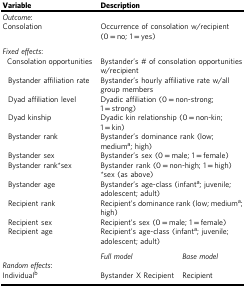
<table><thead><tr><td><b>Variable</b></td><td colspan="2"><b>Description</b></td></tr></thead><tbody><tr><td colspan="3"><i>Outcome</i>:</td></tr><tr><td>Consolation</td><td colspan="2">Occurrence of consolation w/recipient (0 = no; 1 = yes)</td></tr><tr><td colspan="3"><i>Fixed effects</i>:</td></tr><tr><td>Consolation opportunities</td><td colspan="2">Bystander’s # of consolation opportunities w/recipient</td></tr><tr><td>Bystander affiliation rate</td><td colspan="2">Bystander’s hourly affiliative rate w/all group members</td></tr><tr><td>Dyad affiliation level</td><td colspan="2">Dyadic affiliation (0 = non-strong; 1 = strong)</td></tr><tr><td>Dyad kinship</td><td colspan="2">Dyadic kin relationship (0 = non-kin; 1 = kin)</td></tr><tr><td>Bystander rank</td><td colspan="2">Bystander’s dominance rank (low; medium<sup>a</sup>; high)</td></tr><tr><td>Bystander sex</td><td colspan="2">Bystander’s sex (0 = male; 1 = female)</td></tr><tr><td>Bystander rank*sex</td><td colspan="2">Bystander rank (0 = non-high; 1 = high)*sex (as above)</td></tr><tr><td>Bystander age</td><td colspan="2">Bystander’s age-class (infant<sup>a</sup>; juvenile; adolescent; adult)</td></tr><tr><td>Recipient rank</td><td colspan="2">Recipient’s dominance rank (low; medium<sup>a</sup>; high)</td></tr><tr><td>Recipient sex</td><td colspan="2">Recipient’s sex (0 = male; 1 = female)</td></tr><tr><td>Recipient age</td><td colspan="2">Recipient’s age-class (infant<sup>a</sup>; juvenile; adolescent; adult)</td></tr><tr><td></td><td><i>Full model</i></td><td><i>Base model</i></td></tr><tr><td colspan="3"><i>Random effects</i>:</td></tr><tr><td>Individual<sup>b</sup></td><td>Bystander X Recipient</td><td>Recipient</td></tr></tbody></table>